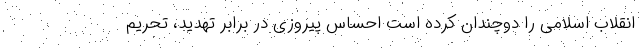
انقلاب اسلامی را دوچندان کرده است احساس پیروزی در برابر تهدید، تحریم